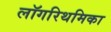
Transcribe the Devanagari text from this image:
लॉगरिथमिका